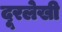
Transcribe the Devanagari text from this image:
दूरलेखी